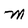
Character: M